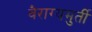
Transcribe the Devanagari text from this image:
वैराग्यमुर्ती